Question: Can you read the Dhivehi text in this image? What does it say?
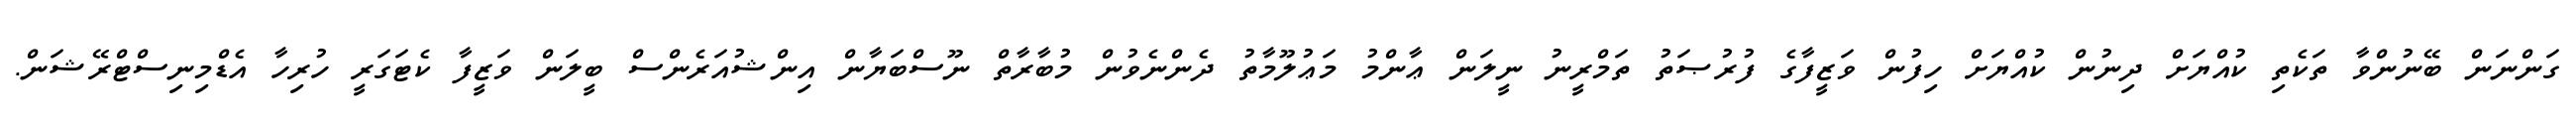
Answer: ގަންނަން ބޭނުންވާ ތަކެތި ކުއްޔަށް ދިނުން ކުއްޔަށް ހިފުން ވަޒީފާގެ ފުރުޞަތު ތަމްރީނު ނީލަން ޢާންމު މަޢުލޫމާތު ދެންނެވުން މުބާރާތް ނޫސްބަޔާން އިންޝުއަރެންސް ބީލަން ވަޒީފާ ކެޓަގަރީ ހުރިހާ އެޑްމިނިސްޓްރޭޝަން.